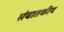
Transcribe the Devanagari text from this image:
संवातकीय